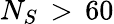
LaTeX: N_{S}\, >\, 60